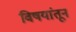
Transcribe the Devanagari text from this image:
विषयांतून